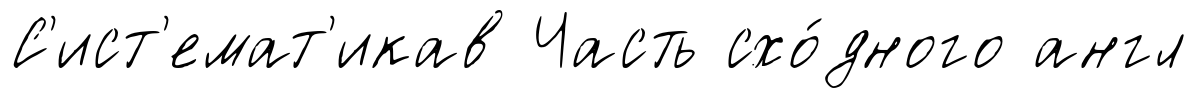
С'ист'емат'икав Часть схо́дного англ